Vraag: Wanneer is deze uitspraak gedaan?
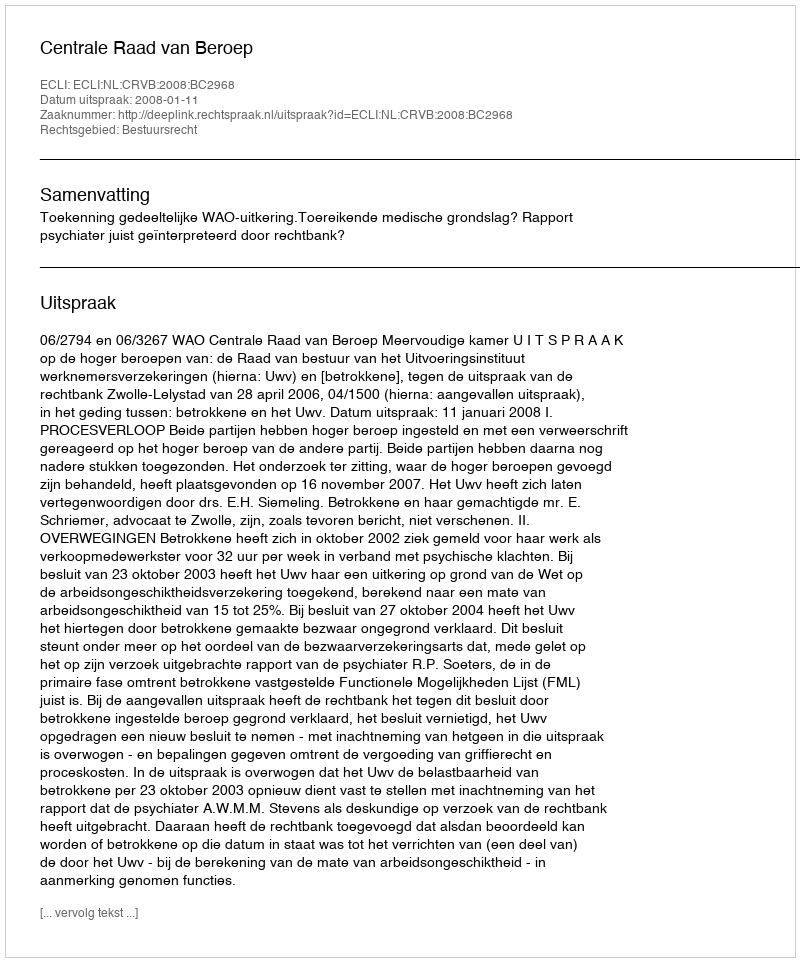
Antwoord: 2008-01-11